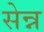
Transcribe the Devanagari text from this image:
सेन्न